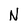
Character: N